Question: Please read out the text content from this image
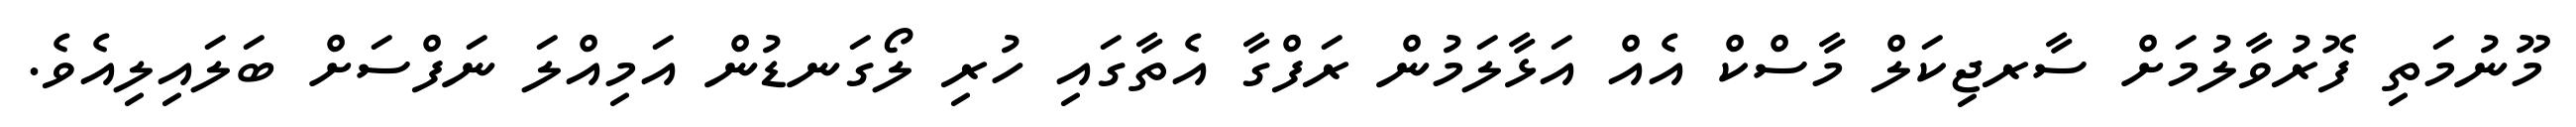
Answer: މޫނުމަތި ފޮރުވާލުމަށް ސާރޖިކަލް މާސްކް އެއް އަޅާލަމުން ރަފްގާ އެތާގައި ހުރި ލޯގަނޑުން އަމިއްލަ ނަފްސަށް ބަލައިލިއެވެ.